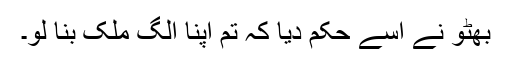
بھٹو نے اسے حکم دیا کہ تم اپنا الگ ملک بنا لو۔